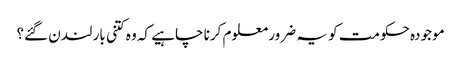
موجودہ حکومت کو یہ ضرور معلوم کرنا چاہیے کہ وہ کتنی بار لندن گئے؟